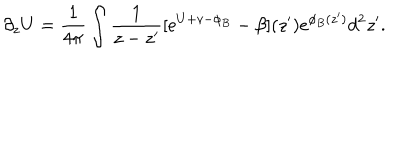
\partial _ { z } U = \frac { 1 } { 4 \pi } \int \frac { 1 } { z - z ^ { \prime } } [ e ^ { U + v - \phi _ { B } } - \beta ] ( z ^ { \prime } ) e ^ { \phi _ { B } ( z ^ { \prime } ) } d ^ { 2 } z ^ { \prime } .